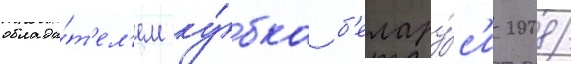
облада́т'ел'ем ку́бка б'елару́с'и 2008/